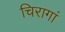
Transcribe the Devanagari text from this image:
चिरागां